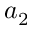
a _ { 2 }